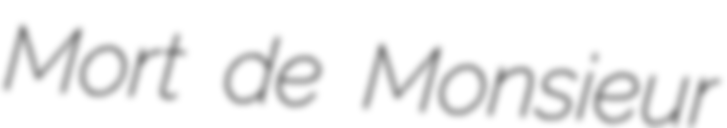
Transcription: Mort de Monsieur